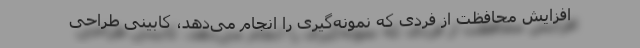
افزایش محافظت از فردی که نمونه‌گیری را انجام می‌دهد، کابینی طراحی